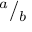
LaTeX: { } ^ { a } / { } _ { b }